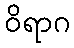
ဝိရာဂ